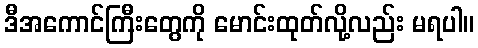
ဒီအကောင်ကြီးတွေကို မောင်းထုတ်လို့လည်း မရပါ။